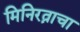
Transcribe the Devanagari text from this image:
मिनिरत्नाचा